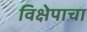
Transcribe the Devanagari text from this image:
विक्षेपाचा